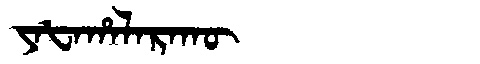
Manchu: ᠶᠠᡶᠠᡥᠠᠯᠠᡵᠠᡴᡡ
Romanization: YAFAHALARAKŪ